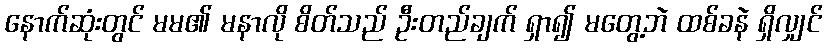
နောက်ဆုံးတွင် မမ၏ မနာလို စိတ်သည် ဦးတည်ချက် ရှာ၍ မတွေ့ဘဲ ထစ်ခနဲ ရှိလျှင်